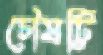
চৌষট্টি